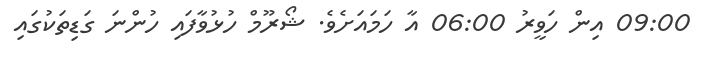
09:00 އިން ހަވީރު 06:00 އާ ހަމައަށެވެ. ޝޯރޫމް ހުޅުވާފައި ހުންނަ ގަޑިތަކުގައި